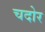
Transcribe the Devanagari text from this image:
चदोर